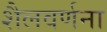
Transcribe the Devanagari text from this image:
शैलवर्णना